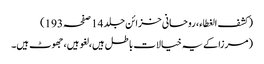
(کشف الغطاء، روحانی خزائن جلد 14 صفحہ 193)
(مرزا کے یہ خیالات باطل ہیں، لغو ہیں، جھوٹ ہیں۔